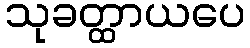
သုခတ္ထာယပေ